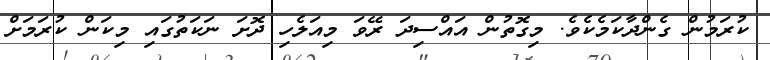
ކުރަމުން ގެންދާކަމެކެވެ. މިގޮތުން އައްސިދަ ރޭވަ މިއަލެހި ދޮށަ ނަކަތުގައި މިކަން ކުރަމަށް